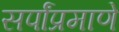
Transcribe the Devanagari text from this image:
सर्पांप्रमाणे